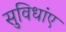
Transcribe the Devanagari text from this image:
सुविधांए